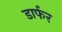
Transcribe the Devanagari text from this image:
डार्फर